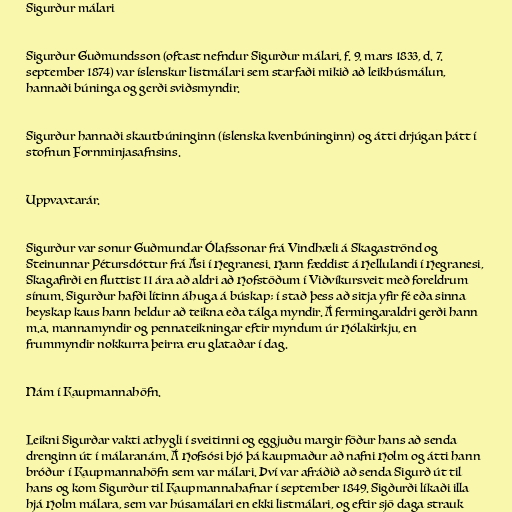
Sigurður málari

Sigurður Guðmundsson (oftast nefndur Sigurður málari, f. 9. mars 1833, d. 7.
september 1874) var íslenskur listmálari sem starfaði mikið að leikhúsmálun,
hannaði búninga og gerði sviðsmyndir.

Sigurður hannaði skautbúninginn (íslenska kvenbúninginn) og átti drjúgan þátt í
stofnun Fornminjasafnsins.

Uppvaxtarár.

Sigurður var sonur Guðmundar Ólafssonar frá Vindhæli á Skagaströnd og
Steinunnar Pétursdóttur frá Ási í Hegranesi. Hann fæddist á Hellulandi í Hegranesi,
Skagafirði en fluttist 11 ára að aldri að Hofstöðum í Viðvíkursveit með foreldrum
sínum. Sigurður hafði lítinn áhuga á búskap; í stað þess að sitja yfir fé eða sinna
heyskap kaus hann heldur að teikna eða tálga myndir. Á fermingaraldri gerði hann
m.a. mannamyndir og pennateikningar eftir myndum úr Hólakirkju, en
frummyndir nokkurra þeirra eru glataðar í dag.

Nám í Kaupmannahöfn.

Leikni Sigurðar vakti athygli í sveitinni og eggjuðu margir föður hans að senda
drenginn út í málaranám. Á Hofsósi bjó þá kaupmaður að nafni Holm og átti hann
bróður í Kaupmannahöfn sem var málari. Því var afráðið að senda Sigurð út til
hans og kom Sigurður til Kaupmannahafnar í september 1849. Sigðurði líkaði illa
hjá Holm málara, sem var húsamálari en ekki listmálari, og eftir sjö daga strauk